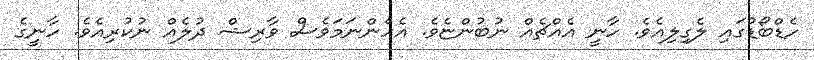
ހެޑްބޯޑުގައި ލެގިލިއެވެ. ހާނީ އެއްޗެއް ނުބުންޏެވެ. އެހެންނަމަވެސް ވާރިޝް ދުލެއް ނުކުރިއެވެ. ހާނީގެ